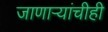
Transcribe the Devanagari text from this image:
जाणाऱ्यांचीही